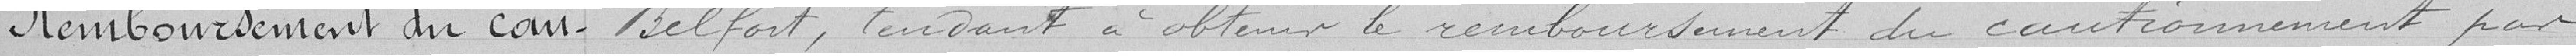
Remboursement du cau-    Belfort, tendant à obtenir le remboursement du cautionnement pour